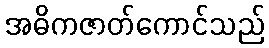
အဓိကဇာတ်ကောင်သည်